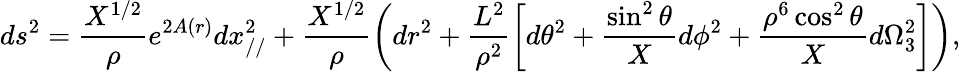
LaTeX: ds^{2}=\frac{X^{1/2}}{\rho}e^{2A(r)}dx_{//}^{2}+\frac{X^{1/2}}{\rho}\left(dr^{2}+\frac{L^{2}}{\rho^{2}}\left[d\theta^{2}+\frac{\sin^{2}\theta}{X}d\phi^{2}+\frac{\rho^{6}\cos^{2}\theta}{X}d\Omega_{3}^{2}\right]\right),